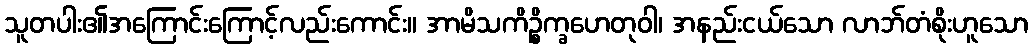
သူတပါး၏အကြောင်းကြောင့်လည်းကောင်း။ အာမိသကိဉ္စိက္ခဟေတုဝါ၊ အနည်းငယ်သော လာဘ်တံစိုးဟူသော